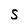
Character: S